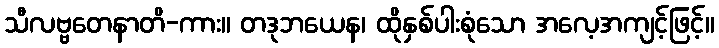
သီလဗ္ဗတေနာတိ-ကား။ တဒုဘယေန၊ ထိုနှစ်ပါးစုံသော အလေ့အကျင့်ဖြင့်။